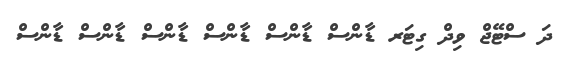
ދަ ސްޓޭޖް ވިދް ގިޓަރ ޑާންސް ޑާންސް ޑާންސް ޑާންސް ޑާންސް ޑާންސް